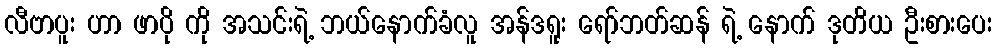
လီဗာပူး ဟာ ဖာပို ကို အသင်းရဲ့ ဘယ်နောက်ခံလူ အန်ဒရူး ရော်ဘတ်ဆန် ရဲ့ နောက် ဒုတိယ ဦးစားပေး